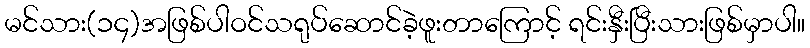
မင်သား(၁၄)အဖြစ်ပါဝင်သရုပ်ဆောင်ခဲ့ဖူးတာကြောင့် ရင်းနှီးပြီးသားဖြစ်မှာပါ။